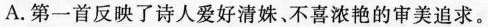
A.第一首反映了诗人爱好清姝、不喜浓艳的审美追求。